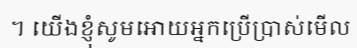
។ យើងខ្ញុំសូមអោយអ្នកប្រើប្រាស់មើល